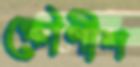
ক্ষৌণীশ